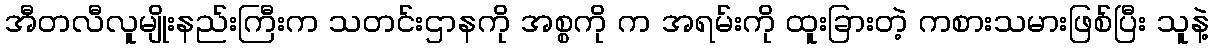
အီတလီလူမျိုးနည်းကြီးက သတင်းဌာနကို အစ္စကို က အရမ်းကို ထူးခြားတဲ့ ကစားသမားဖြစ်ပြီး သူနဲ့